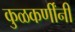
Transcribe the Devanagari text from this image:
कुळकर्णींनी